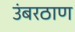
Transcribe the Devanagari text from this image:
उंबरठाण